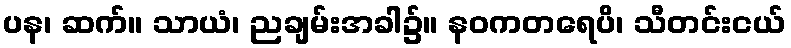
ပန၊ ဆက်။ သာယံ၊ ညချမ်းအခါ၌။ နဝကတရေပိ၊ သီတင်းငယ်